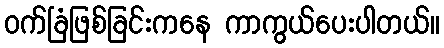
ဝက်ခြံဖြစ်ခြင်းကနေ ကာကွယ်ပေးပါတယ်။